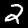
Digit: 2